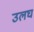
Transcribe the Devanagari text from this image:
उलघ